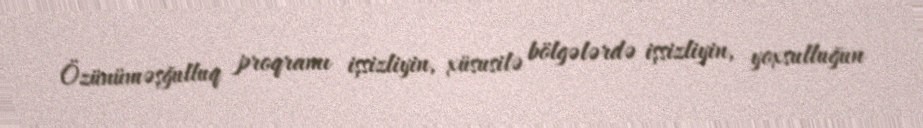
Özünüməşğulluq proqramı işsizliyin, xüsusilə bölgələrdə işsizliyin, yoxsulluğun